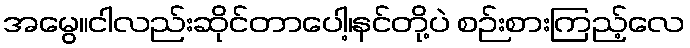
အမွေ။ငါလည်းဆိုင်တာပေါ့၊နင်တို့ပဲ စဉ်းစားကြည့်လေ